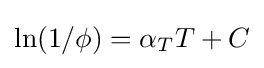
\ln(1/\phi )=\alpha _{T}T+C